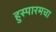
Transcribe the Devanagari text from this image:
हुस्पारमचा